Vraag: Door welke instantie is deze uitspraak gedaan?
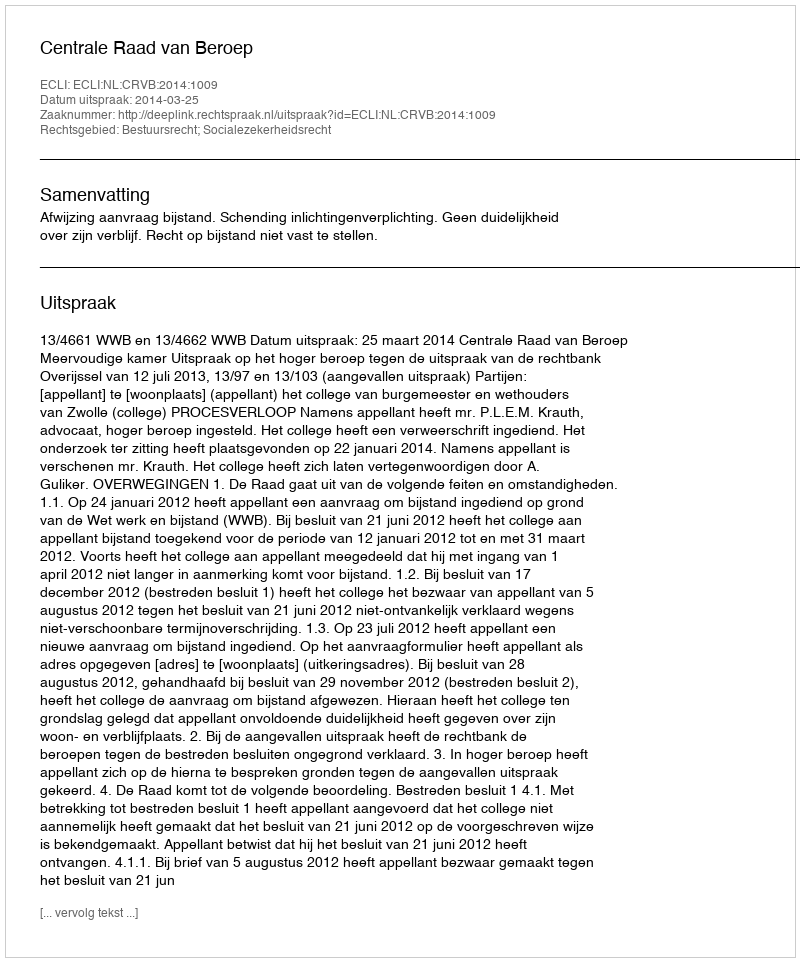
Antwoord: Centrale Raad van Beroep